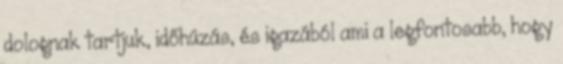
dolognak tartjuk, időhúzás, és igazából ami a legfontosabb, hogy